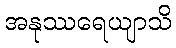
အနုဿရေယျာသိ